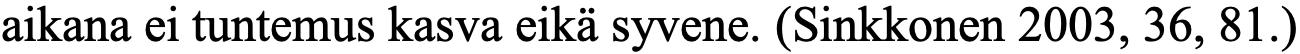
aikana ei tuntemus kasva eikä syvene. (Sinkkonen 2003, 36, 81.)